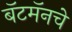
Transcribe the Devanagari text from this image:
बॅटमॅनचे